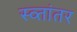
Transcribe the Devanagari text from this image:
स्व्तांतर